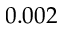
0 . 0 0 2